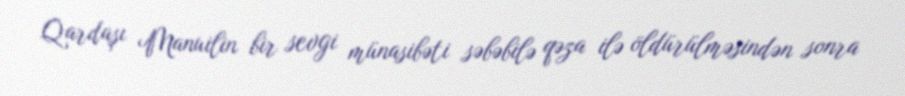
Qardaşı Manuilin bir sevgi münasibəti səbəbilə qəza ilə öldürülməsindən sonra